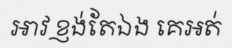
អាវ ខ្ញង់តែឯង គេអត់